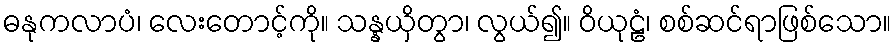
ဓနုကလာပံ၊ လေးတောင့်ကို။ သန္နယှိတွာ၊ လွယ်၍။ ဝိယုဠံ၊ စစ်ဆင်ရာဖြစ်သော။